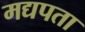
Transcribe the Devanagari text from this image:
मद्यपता